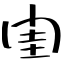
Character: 閨